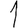
Digit: 1